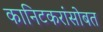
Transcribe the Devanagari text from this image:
कानिटकरांसोबत